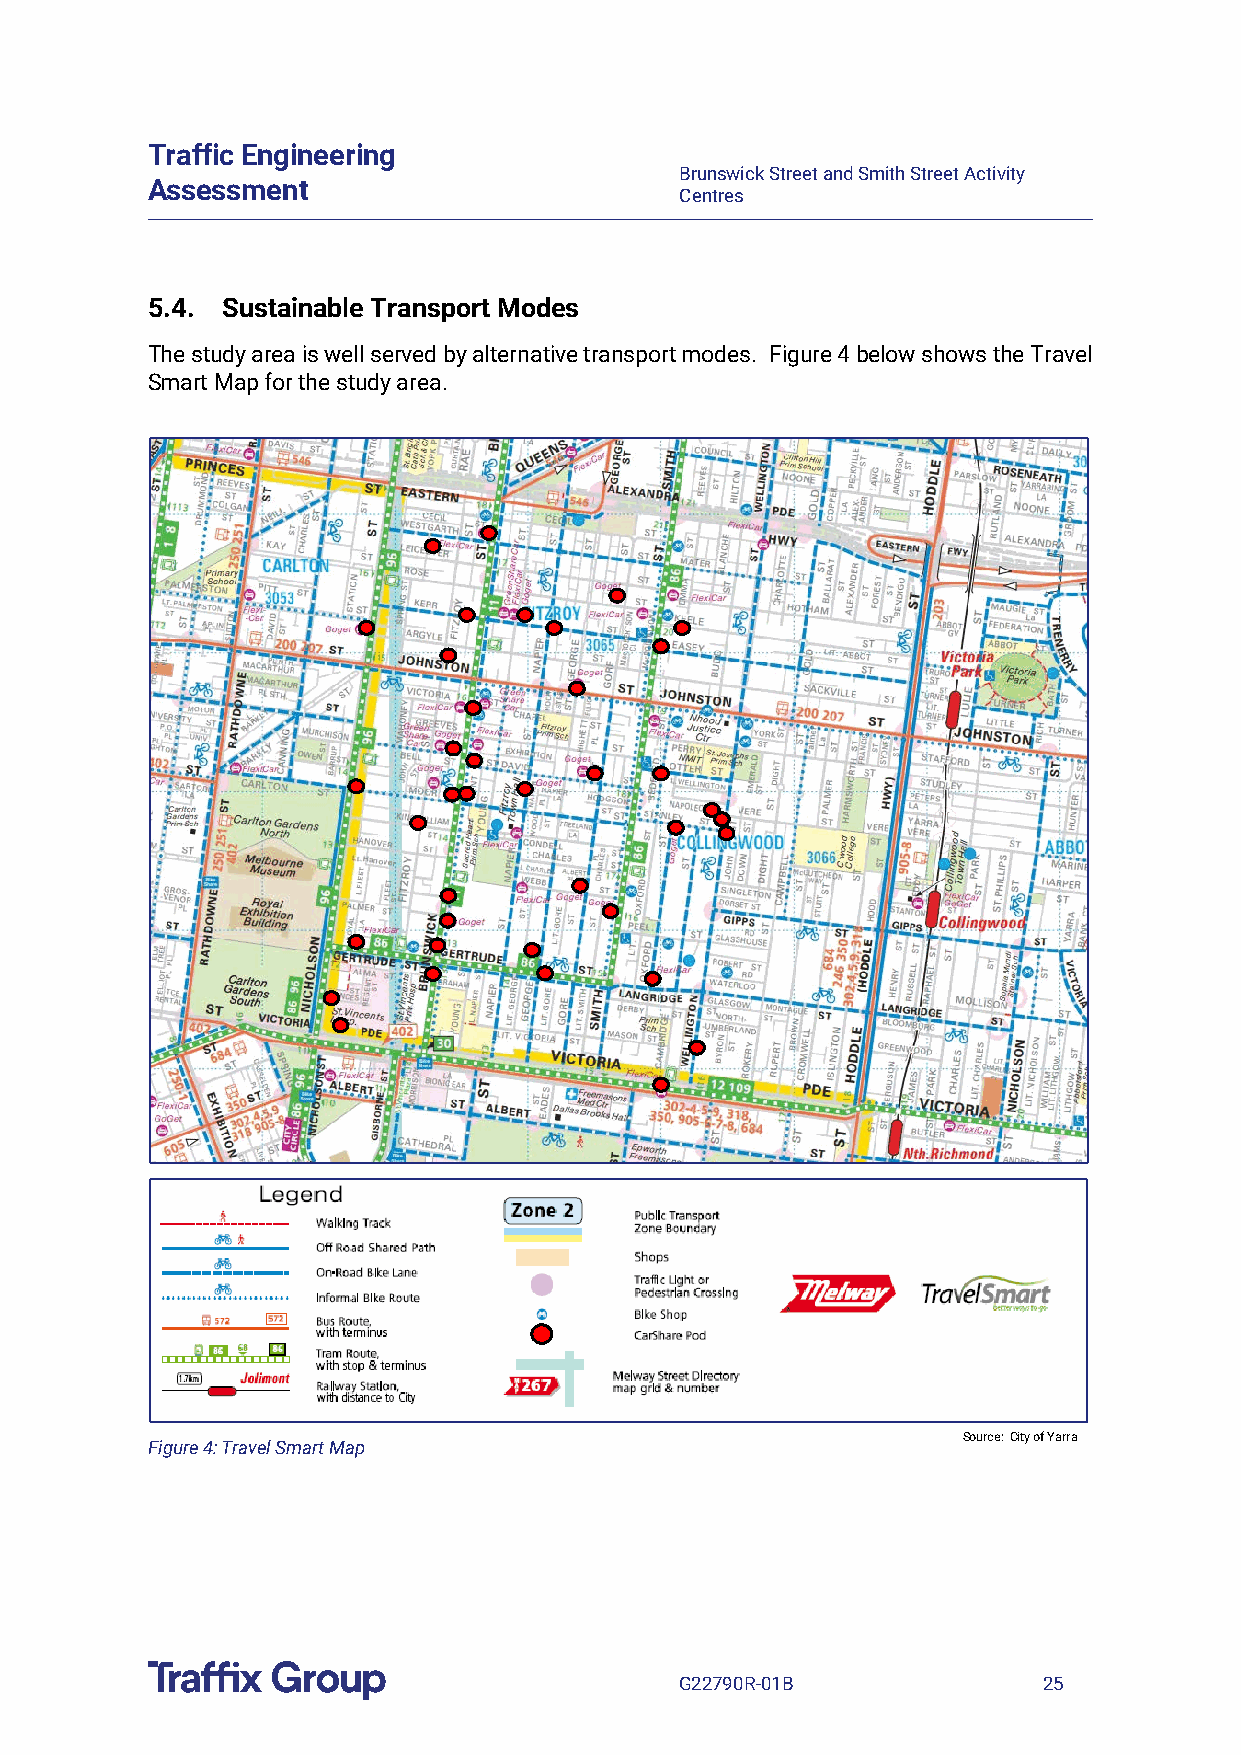
Traffic Engineering
 Brunswick Street and Smith Street Activity
 Assessment
 Centres
 5.4. Sustainable Transport Modes
 The study area is well served by alternative transport modes. Figure 4 below shows the Travel
 Smart Map for the study area.
 Source: City of Yarra
 Figure 4: Travel Smart Map
 G22790R-01B             25